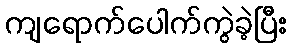
ကျရောက်ပေါက်ကွဲခဲ့ပြီး